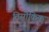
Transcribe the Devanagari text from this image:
तिसोकिक